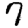
Digit: 7